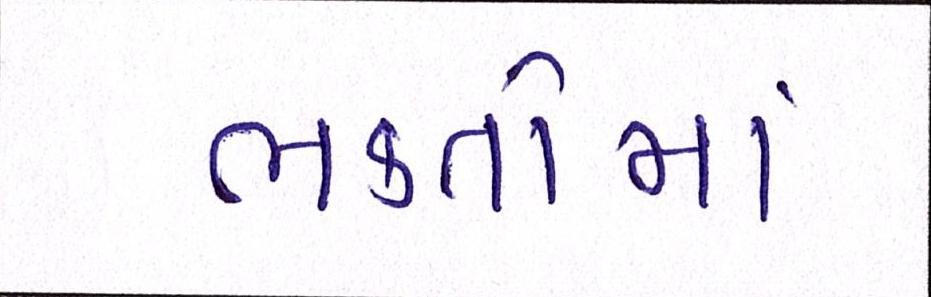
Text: ભકતોમાં